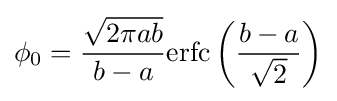
\phi _{0}={\frac {\sqrt {2\pi ab}}{b-a}}\mathrm {erfc} \left({\frac {b-a}{\sqrt {2}}}\right)